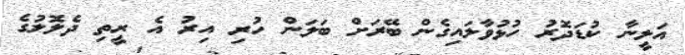
އަލީނާ ކުޑަދޮރު ހުޅުވާލައިގެން ބޭރަށް ބަލަން ހުރި އިރު އެ ރީތި ދެލޮލުގެ